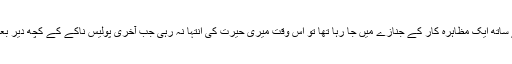
ایک صبح جب میں دوسرے صحافیوں کے ساتھ ایک مظاہرہ کار کے جنازے میں جا رہا تھا تو اس وقت میری حیرت کی انتہا نہ رہی جب آخری پولیس ناکے کے کچھ دیر بعد فری سیرین آرمی کا علاقہ شروع ہو گیا۔